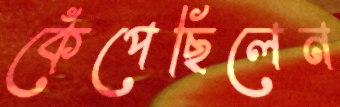
কেঁপেছিলেন